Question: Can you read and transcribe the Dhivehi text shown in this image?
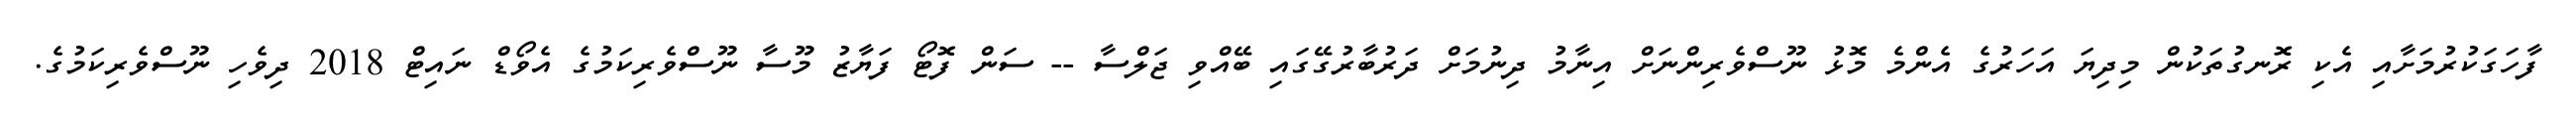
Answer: ފާހަގަކުރުމަށާއި އެކި ރޮނގުތަކުން މިދިޔަ އަހަރުގެ އެންމެ މޮޅު ނޫސްވެރިންނަށް އިނާމު ދިނުމަށް ދަރުބާރުގޭގައި ބޭއްވި ޖަލްސާ -- ސަން ފޮޓޯ ފަޔާޒު މޫސާ ނޫސްވެރިކަމުގެ އެވޯޑް ނައިޓް 2018 ދިވެހި ނޫސްވެރިކަމުގެ.